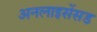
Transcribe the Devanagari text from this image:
अनलाइसेंसड